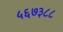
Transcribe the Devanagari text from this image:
५६७३८८